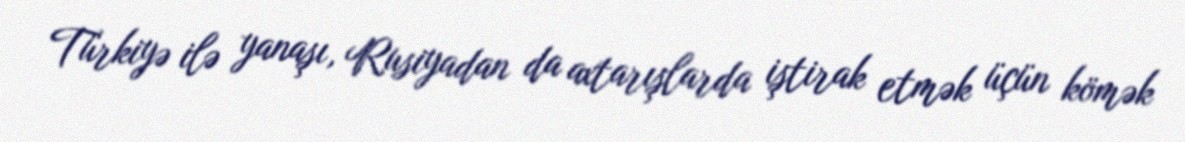
Türkiyə ilə yanaşı, Rusiyadan da axtarışlarda iştirak etmək üçün kömək